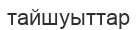
тайшуыттар